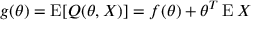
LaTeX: g ( \theta ) = \operatorname { E } [ Q ( \theta , X ) ] = f ( \theta ) + \theta ^ { T } \operatorname { E } X